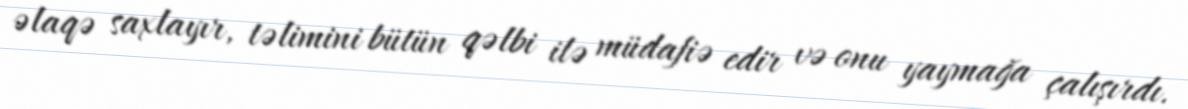
əlaqə saxlayır, təlimini bütün qəlbi ilə müdafiə edir və onu yaymağa çalışırdı.